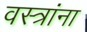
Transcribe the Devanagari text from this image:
वस्त्रांना